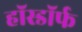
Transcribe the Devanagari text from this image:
हॉस्डॉर्फ